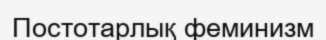
Постотарлық феминизм